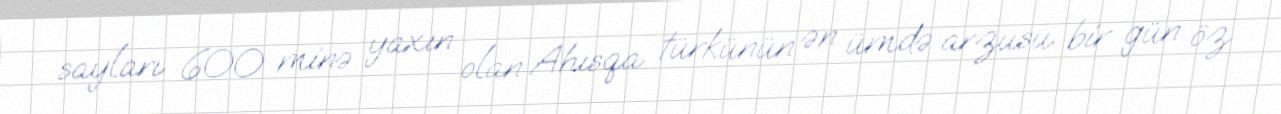
sayları 600 minə yaxın olan Ahısqa türkünün ən ümdə arzusu bir gün öz